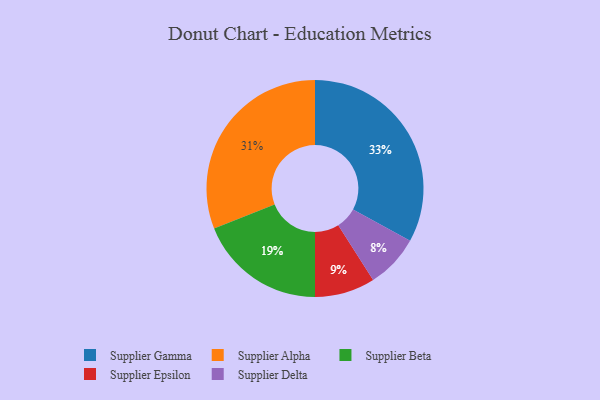
{"axis": {"x": "Category", "y": "Percentage"}, "legend": ["Supplier Alpha", "Supplier Beta", "Supplier Delta", "Supplier Epsilon", "Supplier Gamma"], "data": [{"x": "Supplier Gamma", "y": 33, "type": "Supplier Gamma"}, {"x": "Supplier Delta", "y": 8, "type": "Supplier Delta"}, {"x": "Supplier Epsilon", "y": 9, "type": "Supplier Epsilon"}, {"x": "Supplier Beta", "y": 19, "type": "Supplier Beta"}, {"x": "Supplier Alpha", "y": 31, "type": "Supplier Alpha"}]}